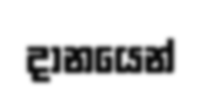
දානයෙන්